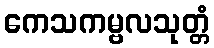
ကေသကမ္ဗလသုတ္တံ